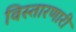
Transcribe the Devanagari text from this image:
विस्तारणारी